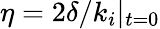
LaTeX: \eta=2\delta/k_{i}|_{t=0}